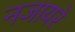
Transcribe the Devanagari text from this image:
नजायरे